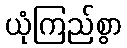
ယုံကြည်စွာ